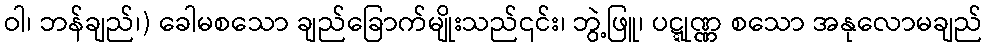
ဝါ၊ ဘန်ချည်၊) ခေါမစသော ချည်ခြောက်မျိုးသည်၎င်း၊ ဘွဲ့ဖြူ၊ ပဋ္ဋုဏ္ဏ စသော အနုလောမချည်